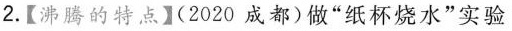
2.【沸腾的特点】(2020 成都)做”纸杯烧水”实验